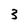
Character: 3